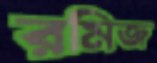
রমিজ